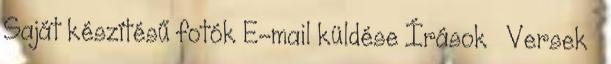
Saját készítésű fotók E-mail küldése Írások » Versek »